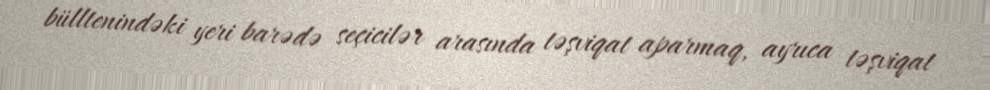
bülltenindəki yeri barədə seçicilər arasında təşviqat aparmaq, ayrıca təşviqat